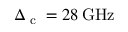
\Delta _ { \textrm { c } } = 2 8 \, \mathrm { G H z }